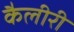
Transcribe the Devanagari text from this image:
कैलीरी